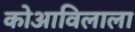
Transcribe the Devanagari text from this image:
कोआविलाला